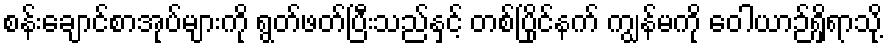
စန်းချောင်စာအုပ်များကို ရွတ်ဖတ်ပြီးသည်နှင့် တစ်ပြိုင်နက် ကျွန်မကို ဝေါယာဉ်ရှိရာသို့